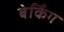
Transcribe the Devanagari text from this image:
बेकिँग